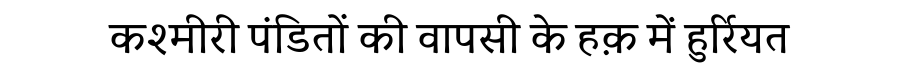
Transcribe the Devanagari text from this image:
कश्मीरी पंडितों की वापसी के हक़ में हुर्रियत